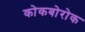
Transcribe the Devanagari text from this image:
कोकबोरोक